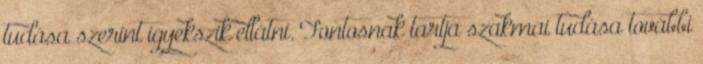
tudása szerint igyekszik ellátni. Fontosnak tartja szakmai tudása további